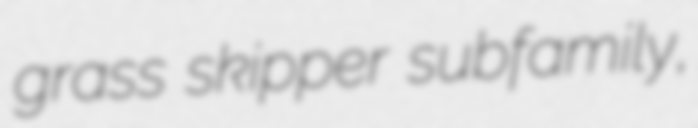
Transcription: grass skipper subfamily,